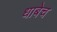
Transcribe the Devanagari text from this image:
धाबेच